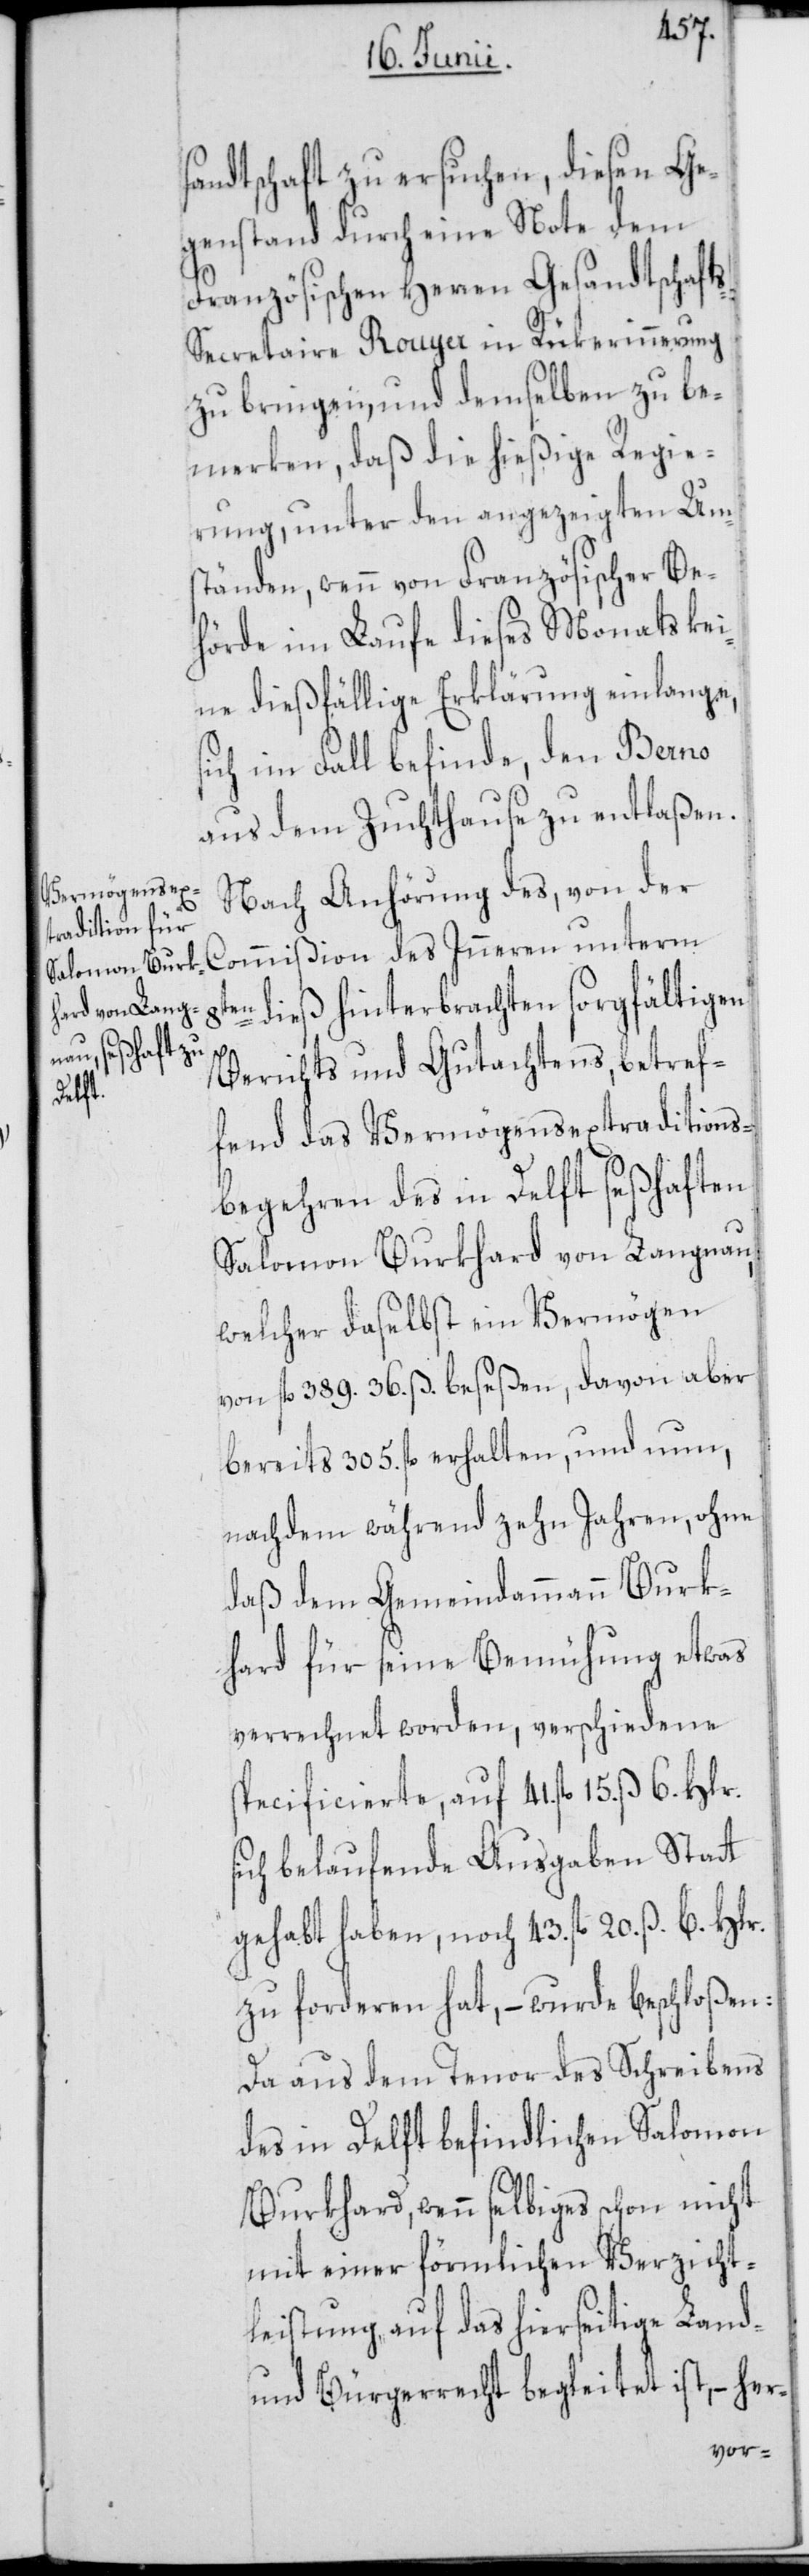
sandtschaft zu ersuchen, diesen Ge¬
genstand durch eine Note dem
Französischen Herren Gesandtschaft¬
s-Secretaire Rouyer in Rükerinnerung
zu bringen, und demselben zu be¬
merken, daß die hießige Regie¬
rung, unter den angezeigten Um¬
ständen, wenn von Französischer Be¬
hörde im Laufe dieses Monats kei¬
ne dießfällige Erklärung einlange,
sich im Fall befinde, den Berno
aus dem Zuchthause zu entlaßen.
Nach Anhörung des, von der
Commißion des Inneren unterm
n dieß hinterbrachten sorgfältigen
s¬
Berichts und Gutachtens, betref¬
fend das Vermögensextraditions¬
begehren des in Delft seßhaften
Salomon Burkhard von Langnau,
welcher daselbst ein Vermögen
von 389. fl. 36. ß. beseßen, davon aber
bereits 305. fl. erhalten, und nun,
nachdem während zehn Jahren, ohne
daß dem Gemeindammann Burk¬
hard für seine Bemühung etwas
verrechnet worden, verschiedene
specificierte, auf 41. fl.
ich belaufende Ausgaben Statt
gehabt haben, noch 43. fl. 20. ß. 6. Hlr.
zu forderen hat, – wurde beschloßen:
Da aus dem Tenor des Schreibens
des in Delft befindlichen Salomon
Burkhard, wenn selbiges schon nicht
mit einer förmlichen Verzicht¬
leistung auf das hierseitige Land-
und Bürgerrecht begleitet ist, – her-